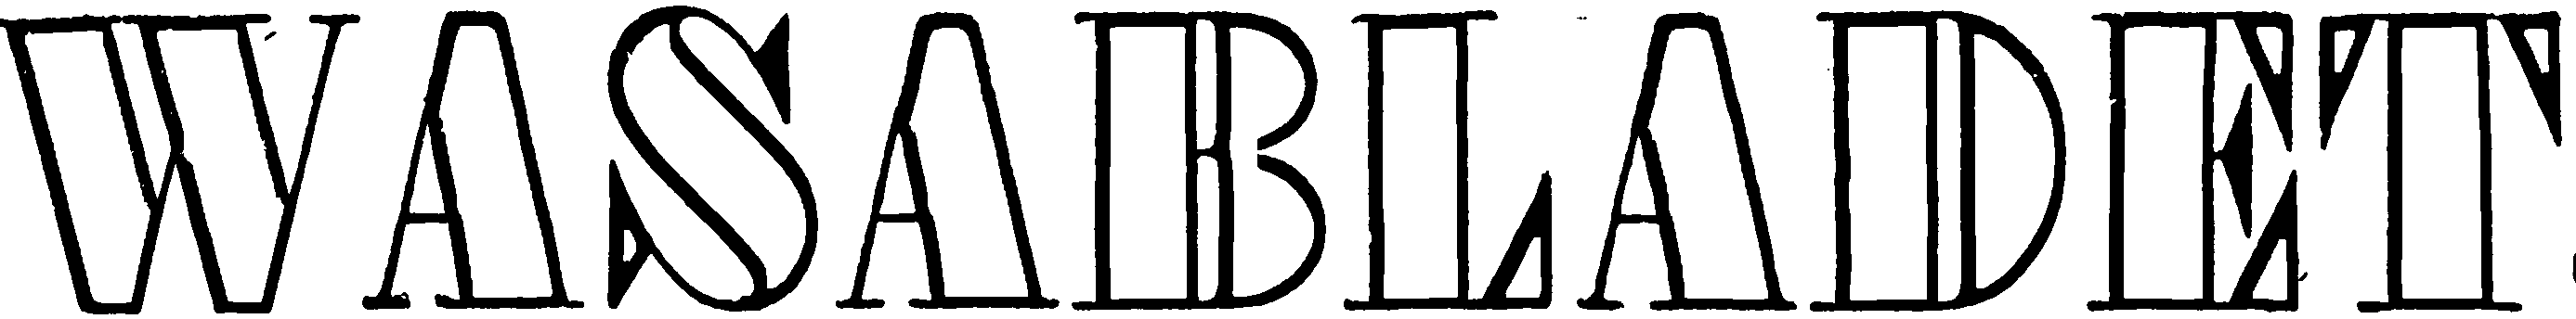
WASABLADET